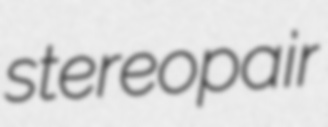
stereopair